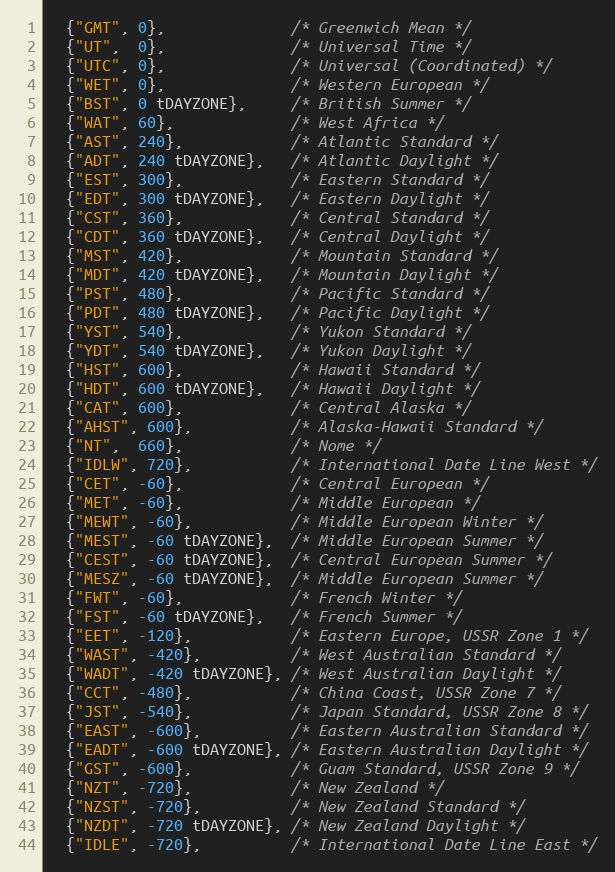
Language: C
  {"GMT", 0},              /* Greenwich Mean */
  {"UT",  0},              /* Universal Time */
  {"UTC", 0},              /* Universal (Coordinated) */
  {"WET", 0},              /* Western European */
  {"BST", 0 tDAYZONE},     /* British Summer */
  {"WAT", 60},             /* West Africa */
  {"AST", 240},            /* Atlantic Standard */
  {"ADT", 240 tDAYZONE},   /* Atlantic Daylight */
  {"EST", 300},            /* Eastern Standard */
  {"EDT", 300 tDAYZONE},   /* Eastern Daylight */
  {"CST", 360},            /* Central Standard */
  {"CDT", 360 tDAYZONE},   /* Central Daylight */
  {"MST", 420},            /* Mountain Standard */
  {"MDT", 420 tDAYZONE},   /* Mountain Daylight */
  {"PST", 480},            /* Pacific Standard */
  {"PDT", 480 tDAYZONE},   /* Pacific Daylight */
  {"YST", 540},            /* Yukon Standard */
  {"YDT", 540 tDAYZONE},   /* Yukon Daylight */
  {"HST", 600},            /* Hawaii Standard */
  {"HDT", 600 tDAYZONE},   /* Hawaii Daylight */
  {"CAT", 600},            /* Central Alaska */
  {"AHST", 600},           /* Alaska-Hawaii Standard */
  {"NT",  660},            /* Nome */
  {"IDLW", 720},           /* International Date Line West */
  {"CET", -60},            /* Central European */
  {"MET", -60},            /* Middle European */
  {"MEWT", -60},           /* Middle European Winter */
  {"MEST", -60 tDAYZONE},  /* Middle European Summer */
  {"CEST", -60 tDAYZONE},  /* Central European Summer */
  {"MESZ", -60 tDAYZONE},  /* Middle European Summer */
  {"FWT", -60},            /* French Winter */
  {"FST", -60 tDAYZONE},   /* French Summer */
  {"EET", -120},           /* Eastern Europe, USSR Zone 1 */
  {"WAST", -420},          /* West Australian Standard */
  {"WADT", -420 tDAYZONE}, /* West Australian Daylight */
  {"CCT", -480},           /* China Coast, USSR Zone 7 */
  {"JST", -540},           /* Japan Standard, USSR Zone 8 */
  {"EAST", -600},          /* Eastern Australian Standard */
  {"EADT", -600 tDAYZONE}, /* Eastern Australian Daylight */
  {"GST", -600},           /* Guam Standard, USSR Zone 9 */
  {"NZT", -720},           /* New Zealand */
  {"NZST", -720},          /* New Zealand Standard */
  {"NZDT", -720 tDAYZONE}, /* New Zealand Daylight */
  {"IDLE", -720},          /* International Date Line East */